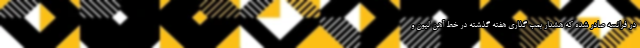
در فرانسه صادر شده که هشدار بمب گذاری هفته گذشته در خط آهن لیون و